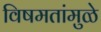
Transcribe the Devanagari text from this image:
विषमतांमुळे